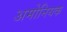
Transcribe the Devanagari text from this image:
अमोनियक